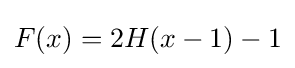
F(x)=2H(x-1)-1